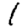
Digit: 1